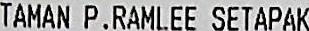
TAMAN P.RAMLEE SETAPAK